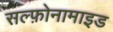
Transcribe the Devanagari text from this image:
सल्‍फ़ोनामाइड